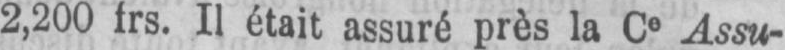
Assu-